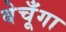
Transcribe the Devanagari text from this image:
बेचूँगा